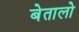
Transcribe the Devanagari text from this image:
बेतालो